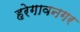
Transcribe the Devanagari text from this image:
हरेगावनगर